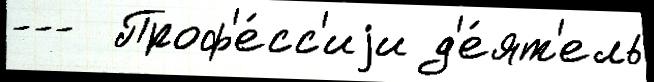
---  Проф'е́сс'иjи д'е́ят'ель